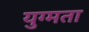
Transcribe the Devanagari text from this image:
युग्मता